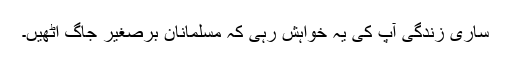
ساری زندگی آپ کی یہ خواہش رہی کہ مسلمانانِ برصغیر جاگ اٹھیں۔